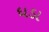
ધડા